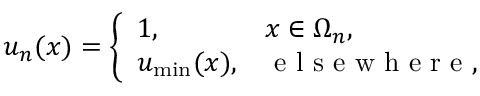
\begin{array} { r } { u _ { n } ( x ) = \left\{ \begin{array} { l l } { 1 , \quad } & { x \in \Omega _ { n } , } \\ { u _ { \mathrm { m i n } } ( x ) , } & { \mathrm { ~ e ~ l ~ s ~ e ~ w ~ h ~ e ~ r ~ e ~ } , } \end{array} \right. } \end{array}